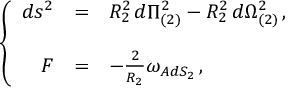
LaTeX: \left\{ \begin{array} { r c l } { { d s ^ { 2 } } } & { { = } } & { { R _ { 2 } ^ { 2 } \, d \Pi _ { ( 2 ) } ^ { 2 } - R _ { 2 } ^ { 2 } \, d \Omega _ { ( 2 ) } ^ { 2 } \, , } } \\ { { } } & { { } } & { { } } \\ { { F } } & { { = } } & { { - \frac { 2 } { R _ { 2 } } \omega _ { A d S _ { 2 } } \, , } } \end{array} \right.